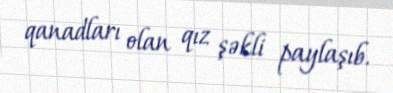
qanadları olan qız şəkli paylaşıb.